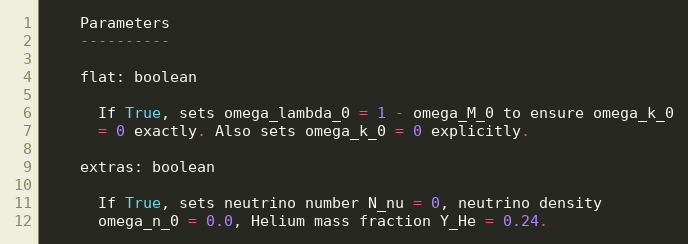
Language: Python
    Parameters
    ----------

    flat: boolean

      If True, sets omega_lambda_0 = 1 - omega_M_0 to ensure omega_k_0
      = 0 exactly. Also sets omega_k_0 = 0 explicitly.

    extras: boolean

      If True, sets neutrino number N_nu = 0, neutrino density
      omega_n_0 = 0.0, Helium mass fraction Y_He = 0.24.